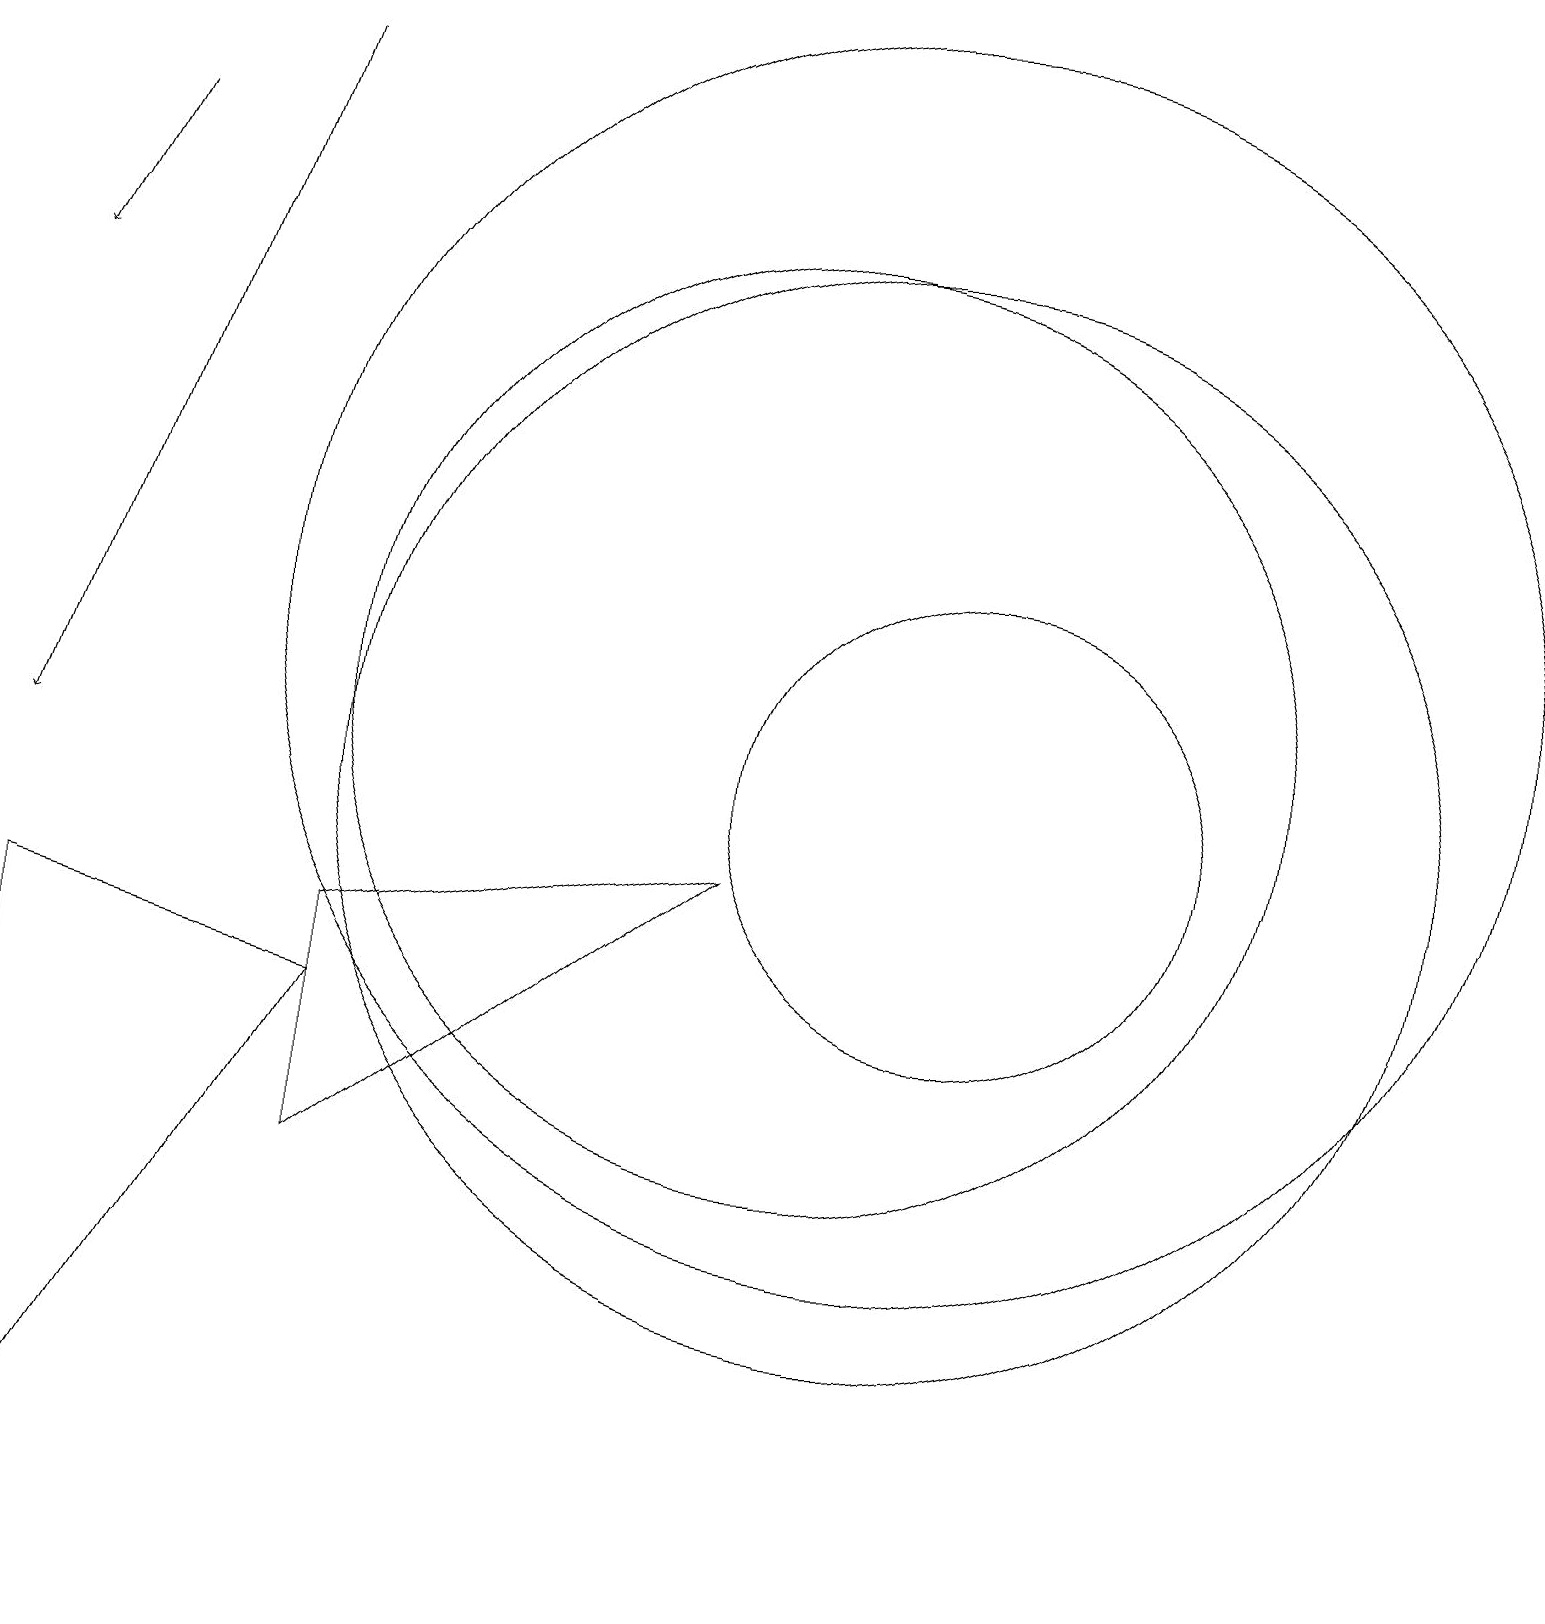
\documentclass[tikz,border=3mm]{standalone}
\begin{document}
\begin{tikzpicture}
\draw[->] (3,19) -- (0,10);
\draw (4,8) -- (9,9) -- (4,5) -- cycle;
\draw[->] (1,18) -- (0,16);
\draw (10,11) circle (6);
\draw (11,12) circle (8);
\draw (11,10) circle (7);
\draw (12,10) circle (3);
\draw (0,8) -- (4,7) -- (0,0) -- cycle;
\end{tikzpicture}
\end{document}